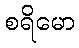
စရိမော